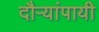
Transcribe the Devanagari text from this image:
दौऱ्यांपायी